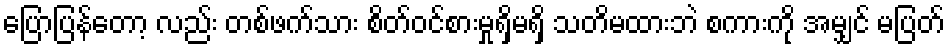
ပြောပြန်တော့ လည်း တစ်ဖက်သား စိတ်ဝင်စားမှုရှိမရှိ သတိမထားဘဲ စကားကို အမျှင် မပြတ်